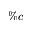
\% c